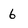
Character: 6